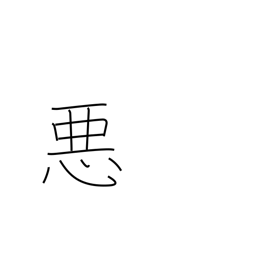
Meaning: bad